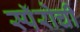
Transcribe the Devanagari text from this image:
स्पॅरोची